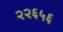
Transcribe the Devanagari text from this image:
२२६५६